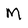
Character: M